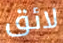
لائق